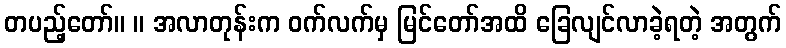
တပည့်တော်။ ။ အလာတုန်းက ဝက်လက်မှ မြင်တော်အထိ ခြေလျင်လာခဲ့ရတဲ့ အတွက်